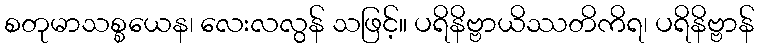
စတုမာသစ္စယေန၊ လေးလလွန် သဖြင့်။ ပရိနိဗ္ဗာယိဿတိကိရ၊ ပရိနိဗ္ဗာန်